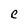
Character: C